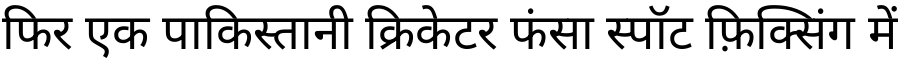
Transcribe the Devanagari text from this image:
फिर एक पाकिस्तानी क्रिकेटर फंसा स्पॉट फ़िक्सिंग में